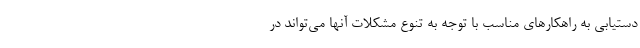
دستیابی به راهکارهای مناسب با توجه به تنوع مشکلات آنها می‌تواند در